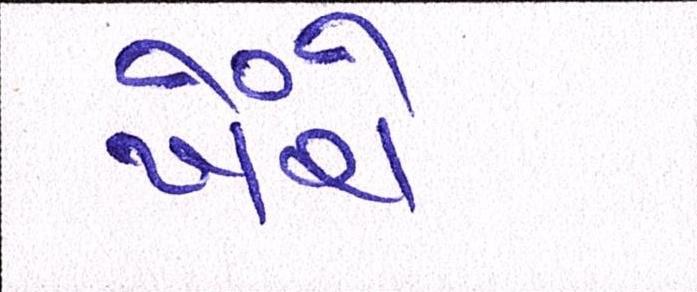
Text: ખેંચે